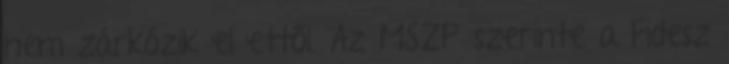
nem zárkózik el ettől. Az MSZP szerinte a Fidesz